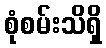
စုံစမ်းသိရှိ